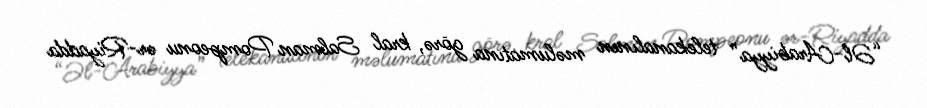
“Əl-Arabiyya” telekanalının məlumatına görə, kral Salman Pompeonu ər-Riyadda